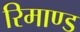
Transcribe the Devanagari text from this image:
रिमाण्ड